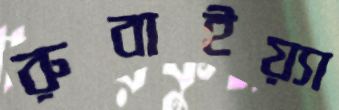
রুবাইয়্যা